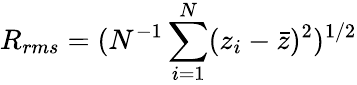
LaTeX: R_{rms}=(N^{-1}\sum_{i=1}^{N}(z_{i}-\bar{z})^{2})^{1/2}